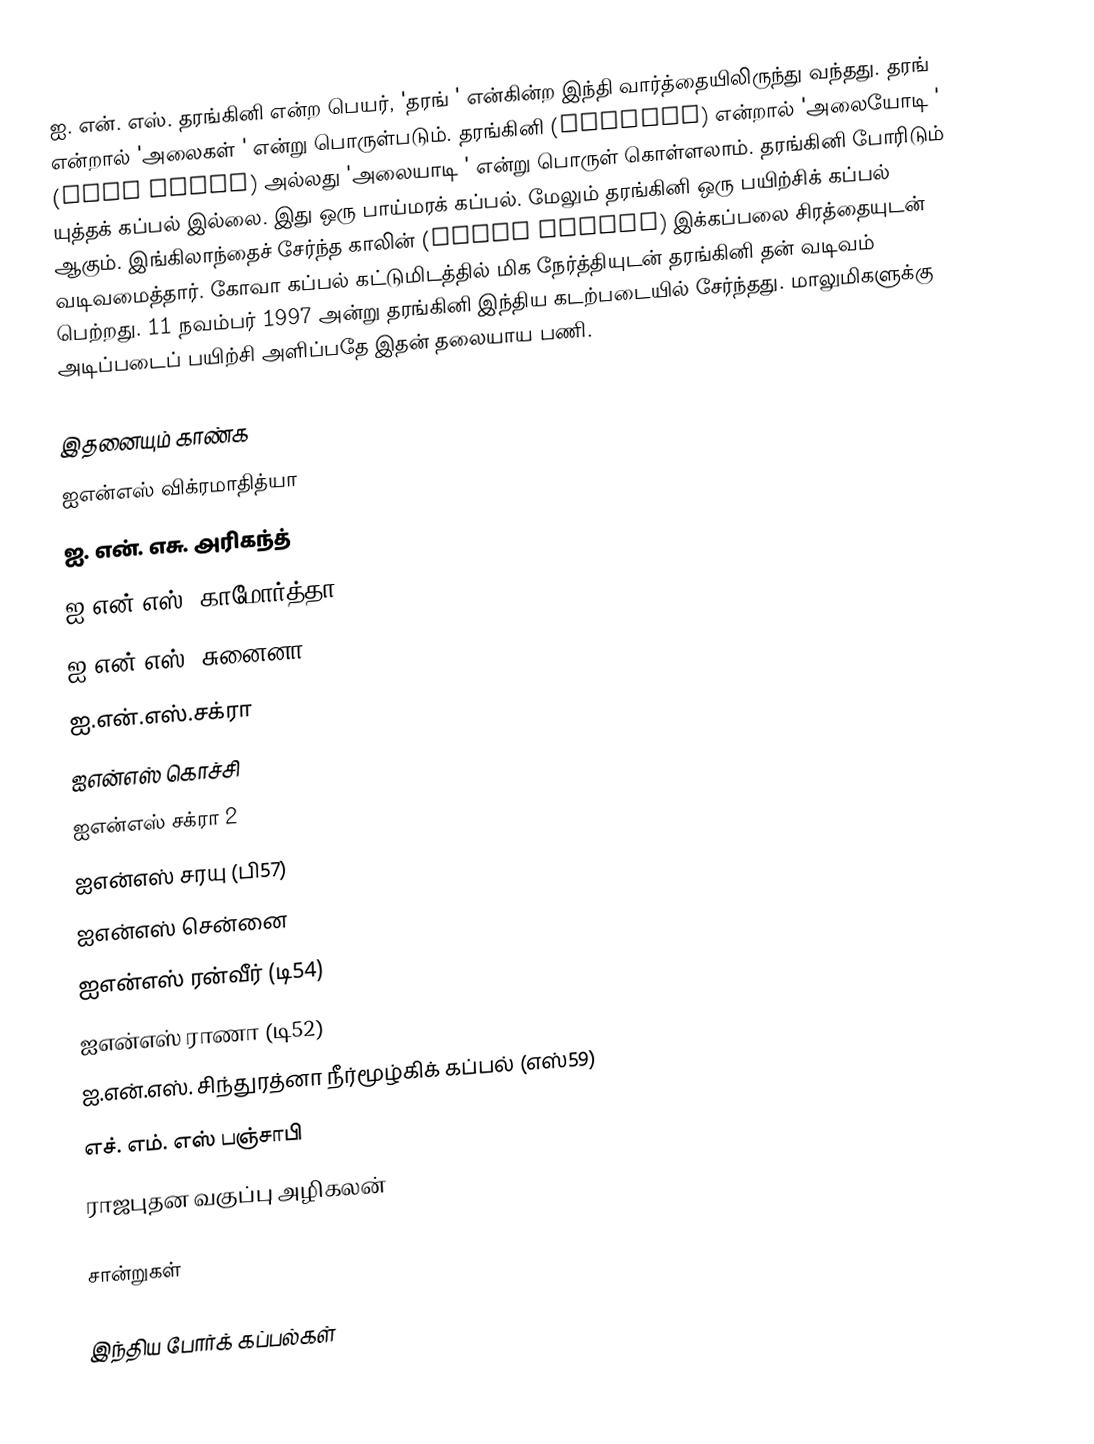
ஐ. என். எஸ். தரங்கினி என்ற பெயர், 'தரங் ' என்கின்ற இந்தி வார்த்தையிலிருந்து வந்தது. தரங் என்றால் 'அலைகள் ' என்று பொருள்படும். தரங்கினி (तरंगिनी) என்றால் 'அலையோடி ' (Wave Rider) அல்லது 'அலையாடி ' என்று பொருள் கொள்ளலாம். தரங்கினி போரிடும் யுத்தக் கப்பல் இல்லை. இது ஒரு பாய்மரக் கப்பல். மேலும் தரங்கினி ஒரு பயிற்சிக் கப்பல் ஆகும். இங்கிலாந்தைச் சேர்ந்த காலின் (Colin Muddie) இக்கப்பலை சிரத்தையுடன் வடிவமைத்தார். கோவா கப்பல் கட்டுமிடத்தில் மிக நேர்த்தியுடன் தரங்கினி தன் வடிவம் பெற்றது. 11 நவம்பர் 1997 அன்று தரங்கினி இந்திய கடற்படையில் சேர்ந்தது. மாலுமிகளுக்கு அடிப்படைப் பயிற்சி அளிப்பதே இதன் தலையாய பணி.

இதனையும் காண்க
ஐஎன்எஸ் விக்ரமாதித்யா
ஐ. என். எசு. அரிகந்த்
ஐ.என்.எஸ். காமோர்த்தா
ஐ.என்.எஸ். சுனைனா
ஐ.என்.எஸ்.சக்ரா
ஐஎன்எஸ் கொச்சி
ஐஎன்எஸ் சக்ரா 2
ஐஎன்எஸ் சரயு (பி57)
ஐஎன்எஸ் சென்னை
ஐஎன்எஸ் ரன்வீர் (டி54)
ஐஎன்எஸ் ராணா (டி52)
ஐ.என்.எஸ். சிந்துரத்னா நீர்மூழ்கிக் கப்பல் (எஸ்59)
எச். எம். எஸ் பஞ்சாபி
ராஜபுதன வகுப்பு அழிகலன்

சான்றுகள்

இந்திய போர்க் கப்பல்கள்